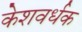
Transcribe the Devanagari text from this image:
केशवर्धक